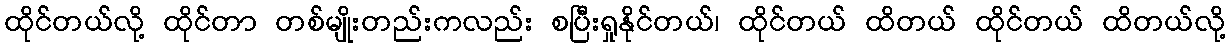
ထိုင်တယ်လို့ ထိုင်တာ တစ်မျိုးတည်းကလည်း စပြီးရှုနိုင်တယ်၊ ထိုင်တယ် ထိတယ် ထိုင်တယ် ထိတယ်လို့